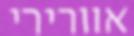
אוורירי